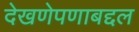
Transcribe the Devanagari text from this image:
देखणेपणाबद्दल